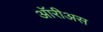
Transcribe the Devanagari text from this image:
ऑरीअस